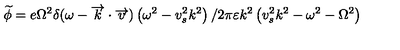
\widetilde { \phi } = e \Omega ^ { 2 } \delta ( \omega - \overrightarrow { k } \cdot \overrightarrow { v } ) \left( \omega ^ { 2 } - v _ { s } ^ { 2 } k ^ { 2 } \right) / 2 \pi \varepsilon k ^ { 2 } \left( v _ { s } ^ { 2 } k ^ { 2 } - \omega ^ { 2 } - \Omega ^ { 2 } \right)